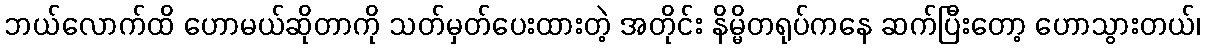
ဘယ်လောက်ထိ ဟောမယ်ဆိုတာကို သတ်မှတ်ပေးထားတဲ့ အတိုင်း နိမ္မိတရုပ်ကနေ ဆက်ပြီးတော့ ဟောသွားတယ်၊